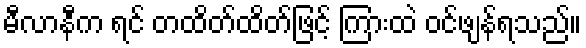
မီလာနီက ရင် တထိတ်ထိတ်ဖြင့် ကြားထဲ ဝင်ဖျန်ရသည်။